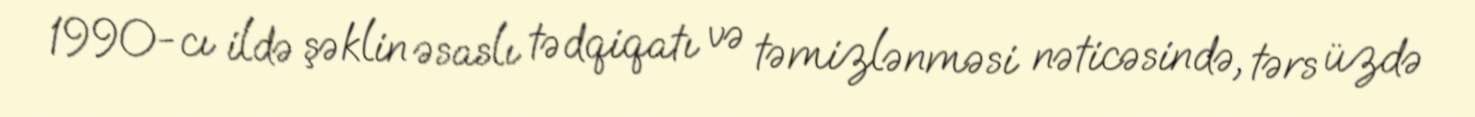
1990-cı ildə şəklin əsaslı tədqiqatı və təmizlənməsi nəticəsində, tərs üzdə